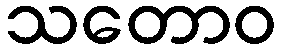
သတောဝ